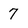
Character: 7